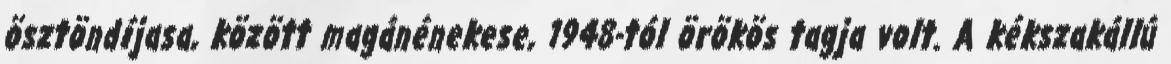
ösztöndíjasa, között magánénekese, 1948-tól örökös tagja volt. A kékszakállú